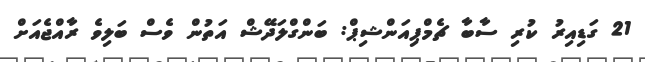
21 ގަޑިއިރު ކުރި ސާބާ ޗެމްޕިއަންޝިޕް: ބަންގްލަދޭޝް އަތުން ވެސް ބަލިވެ ރާއްޖެއަށް